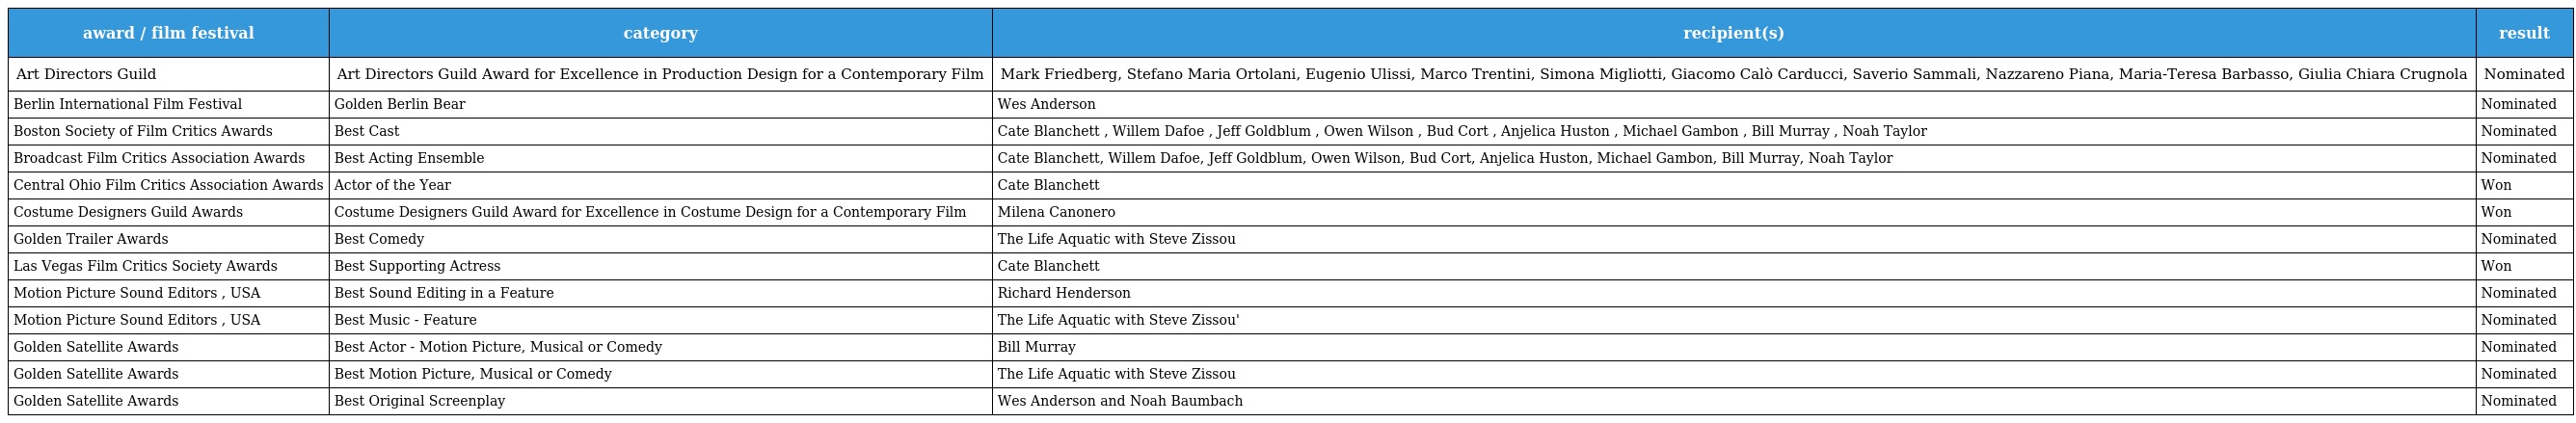
| award / film festival | category | recipient(s) | result |
 | --- | --- | --- | --- |
 | Art Directors Guild | Art Directors Guild Award for Excellence in Production Design for a Contemporary Film | Mark Friedberg, Stefano Maria Ortolani, Eugenio Ulissi, Marco Trentini, Simona Migliotti, Giacomo Calò Carducci, Saverio Sammali, Nazzareno Piana, Maria-Teresa Barbasso, Giulia Chiara Crugnola | Nominated |
 | Berlin International Film Festival | Golden Berlin Bear | Wes Anderson | Nominated |
 | Boston Society of Film Critics Awards | Best Cast | Cate Blanchett , Willem Dafoe , Jeff Goldblum , Owen Wilson , Bud Cort , Anjelica Huston , Michael Gambon , Bill Murray , Noah Taylor | Nominated |
 | Broadcast Film Critics Association Awards | Best Acting Ensemble | Cate Blanchett, Willem Dafoe, Jeff Goldblum, Owen Wilson, Bud Cort, Anjelica Huston, Michael Gambon, Bill Murray, Noah Taylor | Nominated |
 | Central Ohio Film Critics Association Awards | Actor of the Year | Cate Blanchett | Won |
 | Costume Designers Guild Awards | Costume Designers Guild Award for Excellence in Costume Design for a Contemporary Film | Milena Canonero | Won |
 | Golden Trailer Awards | Best Comedy | The Life Aquatic with Steve Zissou | Nominated |
 | Las Vegas Film Critics Society Awards | Best Supporting Actress | Cate Blanchett | Won |
 | Motion Picture Sound Editors , USA | Best Sound Editing in a Feature | Richard Henderson | Nominated |
 | Motion Picture Sound Editors , USA | Best Music - Feature | The Life Aquatic with Steve Zissou' | Nominated |
 | Golden Satellite Awards | Best Actor - Motion Picture, Musical or Comedy | Bill Murray | Nominated |
 | Golden Satellite Awards | Best Motion Picture, Musical or Comedy | The Life Aquatic with Steve Zissou | Nominated |
 | Golden Satellite Awards | Best Original Screenplay | Wes Anderson and Noah Baumbach | Nominated |